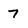
Character: 7